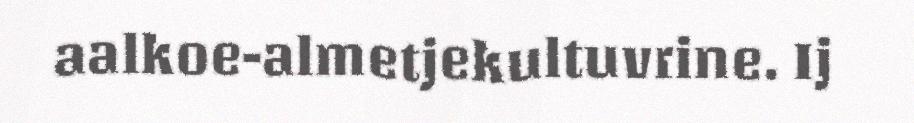
aalkoe-almetjekultuvrine. Ij